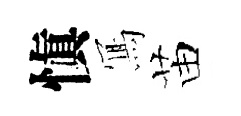
愼𭂁苗